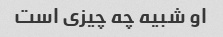
او شبیه چه چیزی است